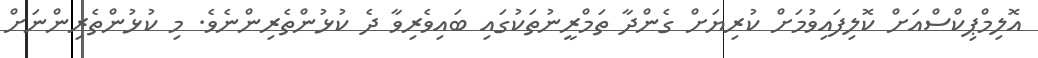
އޮލިމްޕިކްސްއަށް ކޮލިފައިވުމަށް ކުރިޔަށް ގެންދާ ތަމްރީނުތަކުގައި ބައިވެރިވާ ދެ ކުޅުންތެރިންނެވެ. މި ކުޅުންތެރިންނަށް